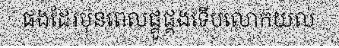
ផងដែរមុនពេលផ្គូផ្គងទើបលោកយល់